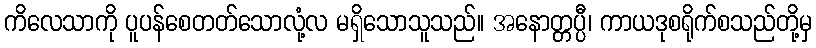
ကိလေသာကို ပူပန်စေတတ်သောလုံ့လ မရှိသောသူသည်။ အနောတ္တပ္ပီ၊ ကာယဒုစရိုက်စသည်တို့မှ